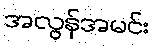
အလွန်အမင်း